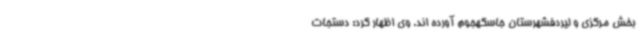
بخش مرکزی و لیردفشهرستان جاسکهجوم آورده اند. وی اظهار کرد: دستجات